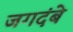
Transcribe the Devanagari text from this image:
जगदंबे